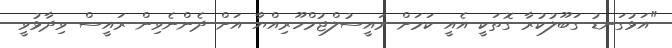
"އަޅުގަނޑު ގަބޫލުކުރާ ގޮތަކީ އެއީ ކަމަށް ރައީސުލްޖުމްހޫރިއްޔާ އަށް ދެންނެވިން ރައީސް ވިދާޅުވީ